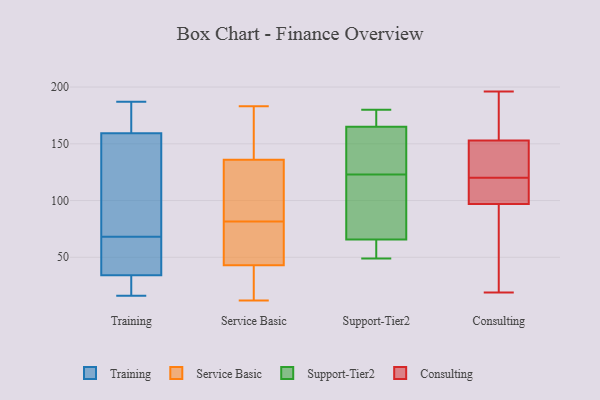
{"axis": {"x": "Revenue (USD Million)", "y": "Value"}, "legend": ["Consulting", "Service Basic", "Support-Tier2", "Training"], "data": [{"x": "", "y": 159, "type": "Training"}, {"x": "", "y": 24, "type": "Training"}, {"x": "", "y": 16, "type": "Training"}, {"x": "", "y": 165, "type": "Training"}, {"x": "", "y": 160, "type": "Training"}, {"x": "", "y": 41, "type": "Training"}, {"x": "", "y": 108, "type": "Training"}, {"x": "", "y": 138, "type": "Training"}, {"x": "", "y": 187, "type": "Training"}, {"x": "", "y": 68, "type": "Training"}, {"x": "", "y": 68, "type": "Training"}, {"x": "", "y": 164, "type": "Training"}, {"x": "", "y": 87, "type": "Training"}, {"x": "", "y": 26, "type": "Training"}, {"x": "", "y": 18, "type": "Training"}, {"x": "", "y": 63, "type": "Training"}, {"x": "", "y": 37, "type": "Training"}, {"x": "", "y": 177, "type": "Service Basic"}, {"x": "", "y": 91, "type": "Service Basic"}, {"x": "", "y": 95, "type": "Service Basic"}, {"x": "", "y": 21, "type": "Service Basic"}, {"x": "", "y": 180, "type": "Service Basic"}, {"x": "", "y": 136, "type": "Service Basic"}, {"x": "", "y": 12, "type": "Service Basic"}, {"x": "", "y": 71, "type": "Service Basic"}, {"x": "", "y": 30, "type": "Service Basic"}, {"x": "", "y": 103, "type": "Service Basic"}, {"x": "", "y": 14, "type": "Service Basic"}, {"x": "", "y": 104, "type": "Service Basic"}, {"x": "", "y": 72, "type": "Service Basic"}, {"x": "", "y": 46, "type": "Service Basic"}, {"x": "", "y": 43, "type": "Service Basic"}, {"x": "", "y": 183, "type": "Service Basic"}, {"x": "", "y": 145, "type": "Service Basic"}, {"x": "", "y": 57, "type": "Service Basic"}, {"x": "", "y": 55, "type": "Support-Tier2"}, {"x": "", "y": 64, "type": "Support-Tier2"}, {"x": "", "y": 71, "type": "Support-Tier2"}, {"x": "", "y": 180, "type": "Support-Tier2"}, {"x": "", "y": 49, "type": "Support-Tier2"}, {"x": "", "y": 128, "type": "Support-Tier2"}, {"x": "", "y": 60, "type": "Support-Tier2"}, {"x": "", "y": 172, "type": "Support-Tier2"}, {"x": "", "y": 144, "type": "Support-Tier2"}, {"x": "", "y": 177, "type": "Support-Tier2"}, {"x": "", "y": 177, "type": "Support-Tier2"}, {"x": "", "y": 123, "type": "Support-Tier2"}, {"x": "", "y": 73, "type": "Support-Tier2"}, {"x": "", "y": 140, "type": "Support-Tier2"}, {"x": "", "y": 87, "type": "Support-Tier2"}, {"x": "", "y": 185, "type": "Consulting"}, {"x": "", "y": 100, "type": "Consulting"}, {"x": "", "y": 70, "type": "Consulting"}, {"x": "", "y": 138, "type": "Consulting"}, {"x": "", "y": 19, "type": "Consulting"}, {"x": "", "y": 134, "type": "Consulting"}, {"x": "", "y": 196, "type": "Consulting"}, {"x": "", "y": 97, "type": "Consulting"}, {"x": "", "y": 153, "type": "Consulting"}, {"x": "", "y": 106, "type": "Consulting"}]}